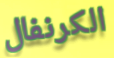
الكرنفال